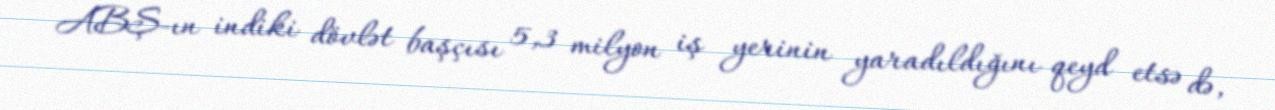
ABŞ-ın indiki dövlət başçısı 5,3 milyon iş yerinin yaradıldığını qeyd etsə də,